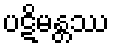
ပဋိမန္တဿ